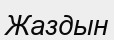
Жаздын